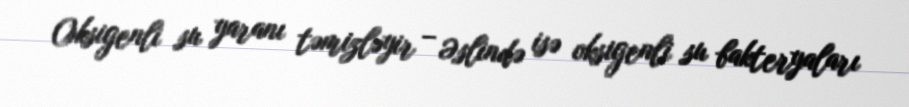
Oksigenli su yaranı təmizləyir – Əslində isə oksigenli su bakteryaları